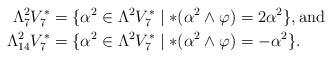
LaTeX: \begin{align*}\Lambda^2_7 V_7^\ast &= \{ \alpha^2 \in \Lambda^2 V_7^\ast \mid \ast(\alpha^2 \wedge \varphi) = 2 \alpha^2\}, \mbox{and}\\\Lambda^2_{14} V_7^\ast &= \{ \alpha^2 \in \Lambda^2 V_7^\ast \mid \ast(\alpha^2 \wedge \varphi) = - \alpha^2\}.\end{align*}